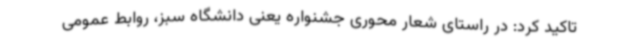
تاکید کرد: در راستای شعار محوری جشنواره یعنی دانشگاه سبز، روابط عمومی